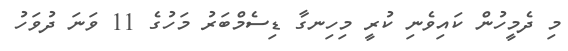
މި ދެމީހުން ކައިވެނި ކުރީ މިހިނގާ ޑިސެމްބަރު މަހުގެ 11 ވަނަ ދުވަހު